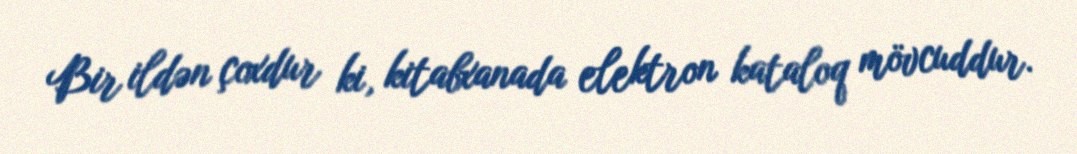
Bir ildən çoxdur ki, kitabxanada elektron kataloq mövcuddur.